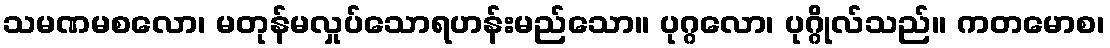
သမဏမစလော၊ မတုန်မလှုပ်သောရဟန်းမည်သော။ ပုဂ္ဂလော၊ ပုဂ္ဂိုလ်သည်။ ကတမောစ၊